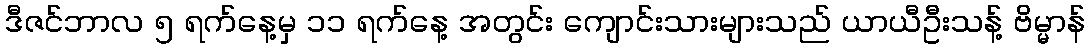
ဒီဇင်ဘာလ ၅ ရက်နေ့မှ ၁၁ ရက်နေ့ အတွင်း ကျောင်းသားများသည် ယာယီဦးသန့် ဗိမ္မာန်